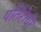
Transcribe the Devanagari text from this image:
पर्तिरोधी